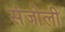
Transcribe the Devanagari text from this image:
संजोली